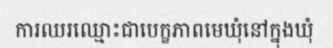
ការឈរឈ្មោះជាបេក្ខភាពមេឃុំនៅក្នុងឃុំ